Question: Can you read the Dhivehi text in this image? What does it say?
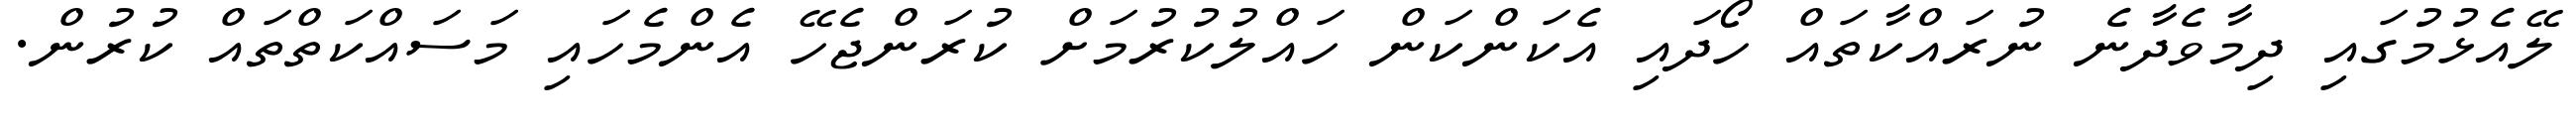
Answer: ލޭއެޅުމުގައި ދިމާވެދާނެ ނުރައްކާތައް ހޯދައި އެކަންކަން ހައްލުކުރުމަށް ކުރަންޖެހޭ އެންމެހައި މަސައްކަތްތައް ކުރުން.